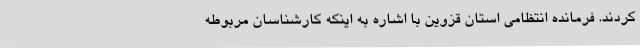
کردند. فرمانده انتظامی استان قزوین با اشاره به اینکه کارشناسان مربوطه